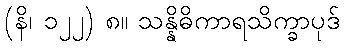
(နိ၊ ၁၂၂) ၈။ သန္နိဓိကာရသိက္ခာပုဒ်